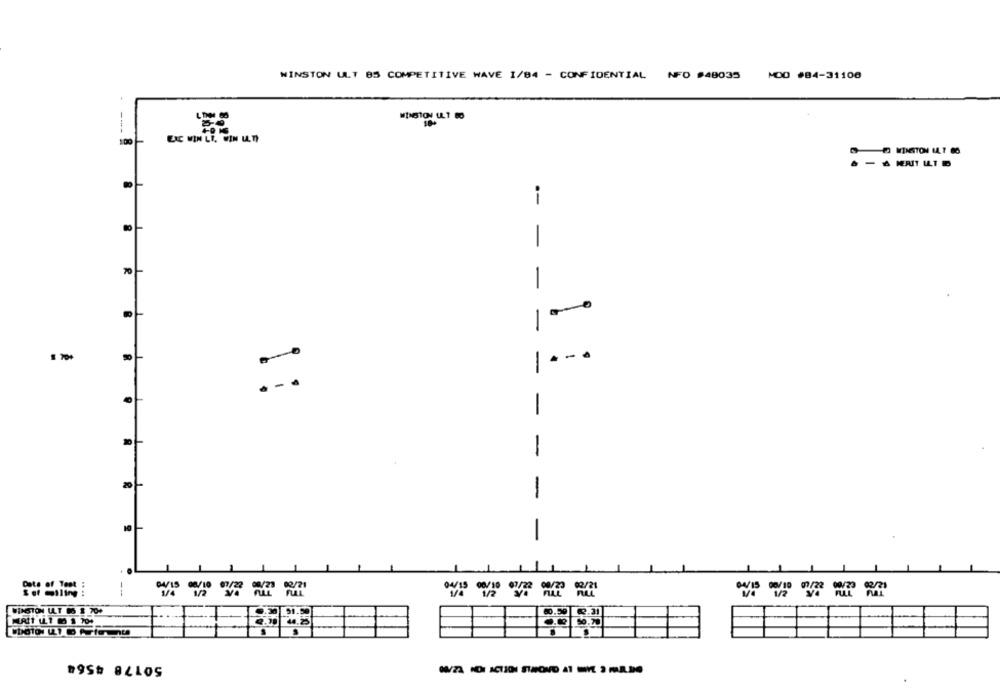
WINSTON ULT 85 COMPETITIVE WAVE 1/84 - CONFIDENTIAL NFO #48035 MOD #84-31108
100
WINSTON 14. 7 88
--
-
-
-
- .
-
-
-
-
-
-
---
50178 4564